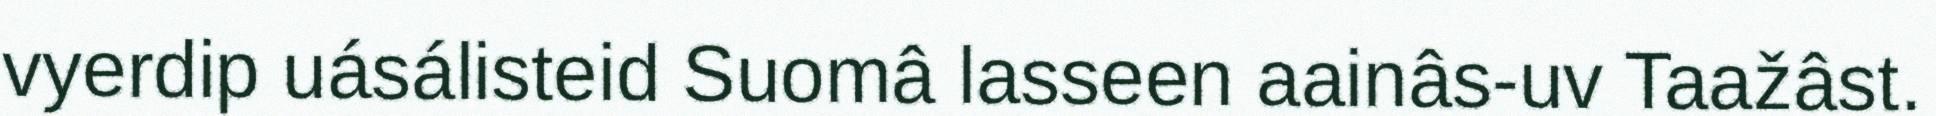
vyerdip uásálisteid Suomâ lasseen aainâs-uv Taažâst.